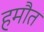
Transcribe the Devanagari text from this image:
हमौत